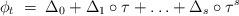
LaTeX: \begin{align*}\phi_t\;=\;\Delta_0+\Delta_1\circ \tau+\ldots+\Delta_s\circ \tau^s\end{align*}